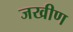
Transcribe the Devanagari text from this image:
जखीण